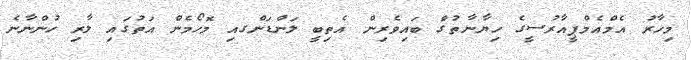
މިހާރު އެމްއެމްޕީއާރުސީގެ ހިޔާނާތުގަެ ބައިވެރިން އެތިބީ ލަންޑަންގއި މޮހޯމެން އަތުގައި ލާރި ހުންނާނެ